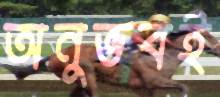
অনুভবই